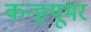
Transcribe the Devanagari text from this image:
कन्झ्यूमर